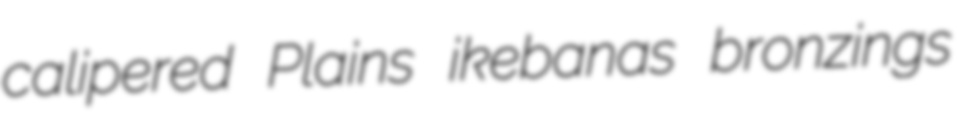
calipered Plains ikebanas bronzings